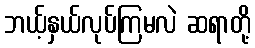
ဘယ့်နှယ်လုပ်ကြမလဲ ဆရာတို့